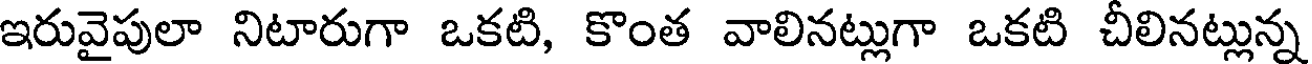
ఇరువైపులా నిటారుగా ఒకటి, కొంత వాలినట్లుగా ఒకటి చీలినట్లున్న